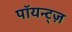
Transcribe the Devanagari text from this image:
पॉयन्ट्ज़